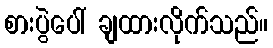
စားပွဲပေါ် ချထားလိုက်သည်။